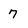
Character: 7